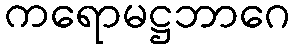
ကရောမဋ္ဌဘာဂေ